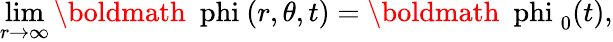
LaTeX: \operatorname*{lim}_{r\rightarrow\infty}\mathrm{\boldmath~\ phi~}(r,\theta,t)=\mathrm{\boldmath~\ phi~}_{0}(t),